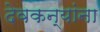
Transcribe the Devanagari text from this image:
देवकन्यांना